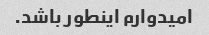
امیدوارم اینطور باشد.